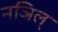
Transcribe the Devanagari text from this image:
नञिल्